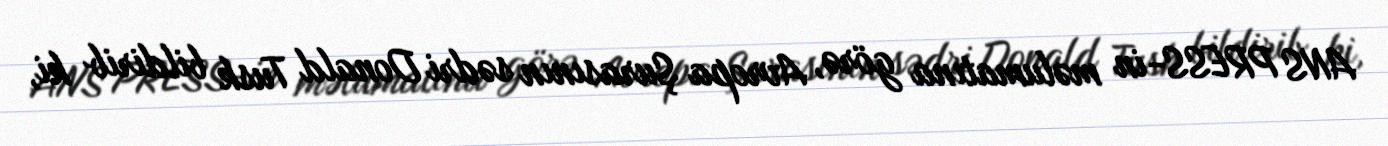
ANS PRESS-in məlumatına görə, Avropa Şurasının sədri Donald Tusk bildirib ki,